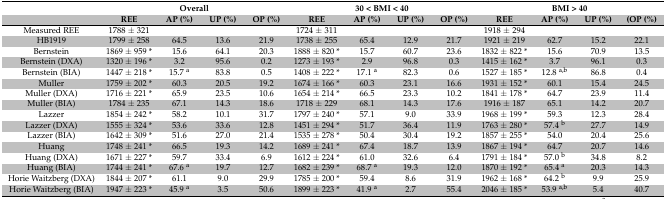
<table><thead><tr><td></td><td colspan="4"><b>Overall</b></td><td colspan="4"><b>30 &lt; BMI &lt; 40</b></td><td colspan="4"><b>BMI &gt; 40</b></td></tr><tr><td></td><td><b>REE</b></td><td><b>AP (%)</b></td><td><b>UP (%)</b></td><td><b>OP (%)</b></td><td><b>REE</b></td><td><b>AP (%)</b></td><td><b>UP (%)</b></td><td><b>OP (%)</b></td><td><b>REE</b></td><td><b>AP (%)</b></td><td><b>UP (%)</b></td><td><b>(OP (%)</b></td></tr></thead><tbody><tr><td>Measured REE</td><td>1788 ± 321</td><td></td><td></td><td></td><td>1724 ± 311</td><td></td><td></td><td></td><td>1918 ± 294</td><td></td><td></td><td></td></tr><tr><td>HB1919</td><td>1799 ± 258</td><td>64.5</td><td>13.6</td><td>21.9</td><td>1738 ± 255</td><td>65.4</td><td>12.9</td><td>21.7</td><td>1921 ± 219</td><td>62.7</td><td>15.2</td><td>22.1</td></tr><tr><td>Bernstein</td><td>1869 ± 959 *</td><td>15.6</td><td>64.1</td><td>20.3</td><td>1888 ± 820 *</td><td>15.7</td><td>60.7</td><td>23.6</td><td>1832 ± 822 *</td><td>15.6</td><td>70.9</td><td>13.5</td></tr><tr><td>Bernstein (DXA)</td><td>1320 ± 196 *</td><td>3.2</td><td>95.6</td><td>0.2</td><td>1273 ± 193 *</td><td>2.9</td><td>96.8</td><td>0.3</td><td>1415 ± 162 *</td><td>3.7</td><td>96.1</td><td>0.3</td></tr><tr><td>Bernstein (BIA)</td><td>1447 ± 218 *</td><td>15.7 <sup>a</sup></td><td>83.8</td><td>0.5</td><td>1408 ± 222 *</td><td>17.1 <sup>a</sup></td><td>82.3</td><td>0.6</td><td>1527 ± 185 *</td><td>12.8 <sup>a,b</sup></td><td>86.8</td><td>0.4</td></tr><tr><td>Muller</td><td>1759 ± 202 *</td><td>60.3</td><td>20.5</td><td>19.2</td><td>1674 ± 166 *</td><td>60.3</td><td>23.1</td><td>16.6</td><td>1931 ± 152 *</td><td>60.1</td><td>15.4</td><td>24.5</td></tr><tr><td>Muller (DXA)</td><td>1716 ± 221 *</td><td>65.9</td><td>23.5</td><td>10.6</td><td>1654 ± 214 *</td><td>66.5</td><td>23.3</td><td>10.2</td><td>1841 ± 178 *</td><td>64.7</td><td>23.9</td><td>11.4</td></tr><tr><td>Muller (BIA)</td><td>1784 ± 235</td><td>67.1</td><td>14.3</td><td>18.6</td><td>1718 ± 229</td><td>68.1</td><td>14.3</td><td>17.6</td><td>1916 ± 187</td><td>65.1</td><td>14.2</td><td>20.7</td></tr><tr><td>Lazzer</td><td>1854 ± 242 *</td><td>58.2</td><td>10.1</td><td>31.7</td><td>1797 ± 240 *</td><td>57.1</td><td>9.0</td><td>33.9</td><td>1968 ± 199 *</td><td>59.3</td><td>12.3</td><td>28.4</td></tr><tr><td>Lazzer (DXA)</td><td>1555 ± 324 *</td><td>53.6</td><td>33.6</td><td>12.8</td><td>1451 ± 294 *</td><td>51.7</td><td>36.4</td><td>11.9</td><td>1763 ± 280 *</td><td>57.4 <sup>b</sup></td><td>27.7</td><td>14.9</td></tr><tr><td>Lazzer (BIA)</td><td>1642 ± 309 *</td><td>51.6</td><td>27.0</td><td>21.4</td><td>1535 ± 278 *</td><td>50.4</td><td>30.4</td><td>19.2</td><td>1857 ± 255 *</td><td>54.0</td><td>20.4</td><td>25.6</td></tr><tr><td>Huang</td><td>1748 ± 241 *</td><td>66.5</td><td>19.3</td><td>14.2</td><td>1689 ± 241 *</td><td>67.4</td><td>18.7</td><td>13.9</td><td>1867 ± 194 *</td><td>64.7</td><td>20.7</td><td>14.6</td></tr><tr><td>Huang (DXA)</td><td>1671 ± 227 *</td><td>59.7</td><td>33.4</td><td>6.9</td><td>1612 ± 224 *</td><td>61.0</td><td>32.6</td><td>6.4</td><td>1791 ± 184 *</td><td>57.0 <sup>b</sup></td><td>34.8</td><td>8.2</td></tr><tr><td>Huang (BIA)</td><td>1744 ± 241 *</td><td>67.6 <sup>a</sup></td><td>19.7</td><td>12.7</td><td>1682 ± 239 *</td><td>68.7 <sup>a</sup></td><td>19.3</td><td>12.0</td><td>1870 ± 192 *</td><td>65.4 <sup>a</sup></td><td>20.3</td><td>14.3</td></tr><tr><td>Horie Waitzberg (DXA)</td><td>1844 ± 207 *</td><td>61.1</td><td>9.0</td><td>29.9</td><td>1785 ± 200 *</td><td>59.4</td><td>8.6</td><td>31.9</td><td>1962 ± 168 *</td><td>64.2 <sup>b</sup></td><td>9.9</td><td>25.9</td></tr><tr><td>Horie Waitzberg (BIA)</td><td>1947 ± 223 *</td><td>45.9 <sup>a</sup></td><td>3.5</td><td>50.6</td><td>1899 ± 223 *</td><td>41.9 <sup>a</sup></td><td>2.7</td><td>55.4</td><td>2046 ± 185 *</td><td>53.9 <sup>a,b</sup></td><td>5.4</td><td>40.7</td></tr></tbody></table>